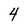
Character: 4